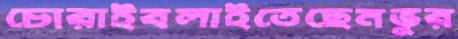
চোরাইবলাইতেছেনভুর